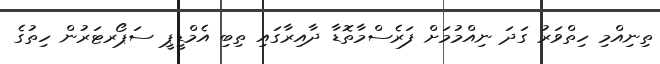
ތިނިއްމި ހިތްވަރު ގަދަ ނިއްމުމަށް ފަރެސްމާތޮޑާ ދާއިރާގައި ތިބި އެމްޑީޕީ ސަޕޯރޓަރުން ހިތުގެ